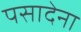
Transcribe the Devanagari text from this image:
पसादेना